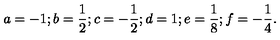
a = - 1 ; b = \frac 1 2 ; c = - \frac 1 2 ; d = 1 ; e = \frac 1 8 ; f = - \frac 1 4 .